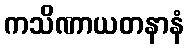
ကသိဏာယတနာနံ